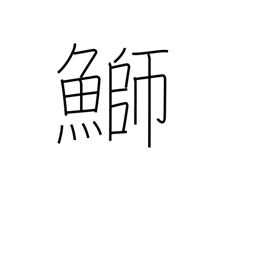
Meaning: yellowtail